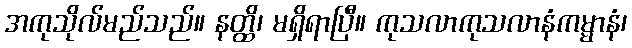
အကုသိုလ်မည်သည်။ နတ္ထိ၊ မရှိရာပြီ။ ကုသလာကုသလာနံကမ္မာနံ၊